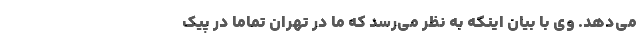
می‌دهد. وی با بیان اینکه به نظر می‌رسد که ما در تهران تماماً در پیک